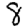
Digit: 8